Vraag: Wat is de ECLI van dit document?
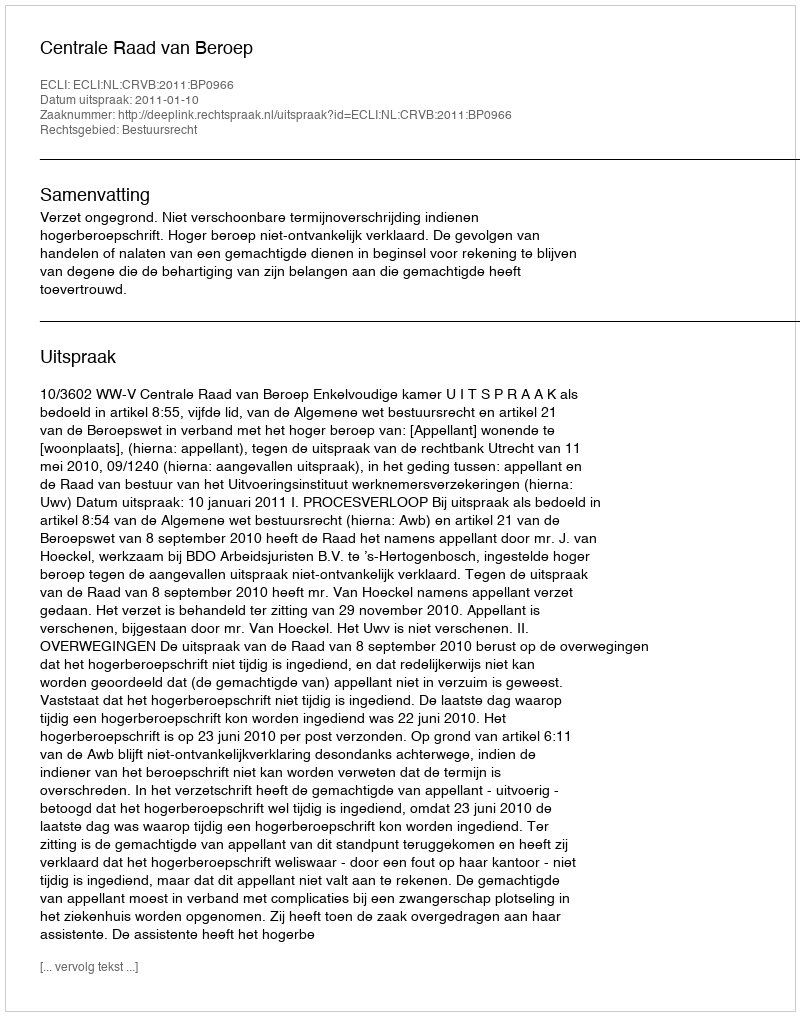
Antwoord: ECLI:NL:CRVB:2011:BP0966